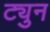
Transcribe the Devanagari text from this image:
ट्युन